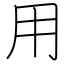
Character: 用